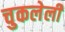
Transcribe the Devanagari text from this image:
चुकलेली